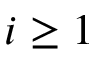
i \geq 1